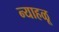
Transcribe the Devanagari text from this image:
न्याहळू